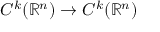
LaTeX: C ^ { k } ( \mathbb { R } ^ { n } ) \to C ^ { k } ( \mathbb { R } ^ { n } )